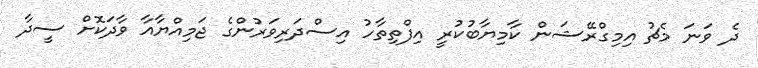
ދެ ވަނަ މެޗު އިމިގްރޭޝަން ކާމިޔާބުކުރީ އިފްތިތާހު އިސްދަރިވަރުންގެ ޖަމިއްޔާއާ ވާދަކޮށް ސީދާ